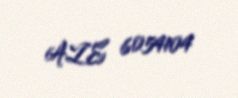
AZE 6054104